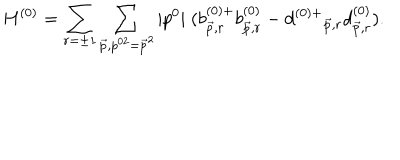
H ^ { ( 0 ) } = \sum _ { r = \pm 1 } \sum _ { \vec { p } , p ^ { 0 2 } = \vec { p } ^ { 2 } } | p ^ { 0 } | \; ( b _ { \vec { p } , r } ^ { ( 0 ) + } b _ { \vec { p } , r } ^ { ( 0 ) } - d ^ { ( 0 ) + } { } _ { \vec { p } , r } d _ { \vec { p } , r } ^ { ( 0 ) } ) .